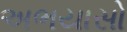
અભયાસો